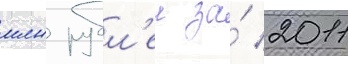
млн рубл'еи за́ 2011